King Institute of Preventive Medicine Micro-Biological Section reports 1909-11
Year: 1909
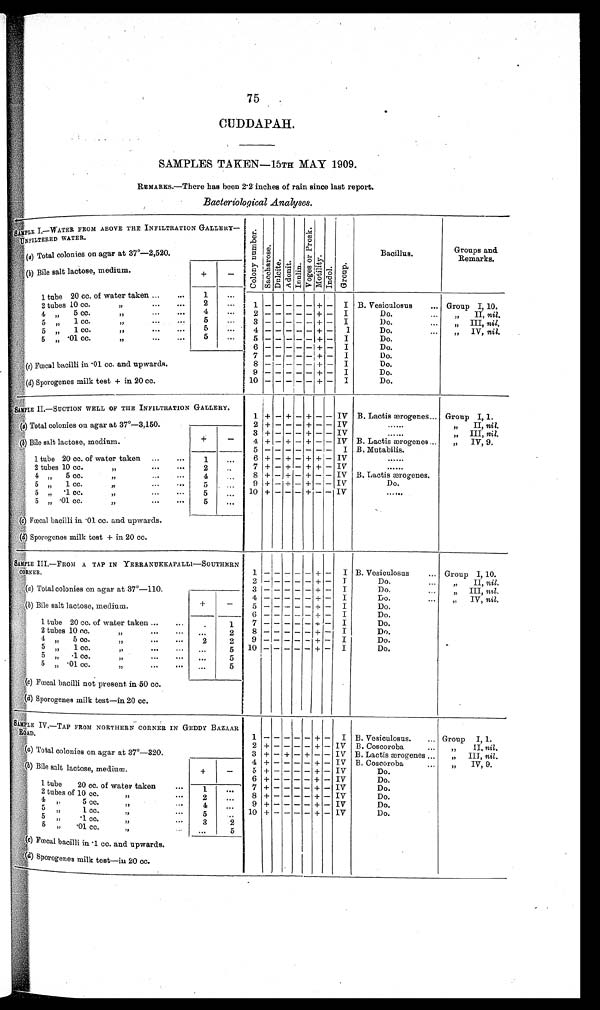
75
CUDDAPAH.
SAMPLES TAKEN—15TH MAY 1909.
REMARKS.—There has been 2.2 inches of rain since last report.
Bacteriological Analyses.
SAMPLE I.—WATER FROM ABOVE THE INFILTRATION GALLERY—
UNFILTERED WATER.
Col ony number .
Sa c c ha r os e .
D u l c i t e . Adoni t . Inul i n.
V o g e s o r P r o s k .
Mot i l i t y.
I n d o l .
Gr o u p .
Bacillus.
Groups and
Remarks.
(a) Total colonies on agar at 37°—2,520.
(b ) Bile salt lactose, medium.
+
—
1 tube 20 cc. of water taken ...
...
1
...
2 tubes 10 cc.
„
2
. . .
1 ————— + — I B. Vesiculosus
... Group I, 10.
4 „ 5 cc.
„
4
. . . 2 —————+ — I
Do.
...
„ II, nil.
5 „ 1 cc.
„
5
. . .
3 ————— + — I
Do.
...
„ III, ni l .
5 „ 1 cc.
„
5
. . .
4 —————+ — I
Do.
„
IV,
nil.
5 „ . 0 1 c c .
„
5
. . . 5
————— + — I
Do.
6 ———— —+ — I
Do.
7 ————— + — I
Do.
(c) Fœcal bacilli in .01 cc. and upwards.
8 —————+ — I
Do.
9 ————— + — I
Do.
( d) Sporogenes milk test + in 20 cc.
10 ————— + — I
Do.
SAMPLE II.—SUCTION WELL OF THE INFILTRATION GALLERY.
1 + — + — + — — IV B. Lactis ærogenes... Group I, 1.
(a) Total colonies on agar at 37°—3, 150.
2 + — — — + — — IV
......
„ II
, nil.
3 + — — — + — — IV
......
„ III, nil.
(b)
B i l e s a l t l a c t o s e ,
m e d i u m .
+
—
4 + — + — + — — IV B. Lactis ærogenes ...
,,
IV, 9.
5 ——————— I B. Mutabilis.
1 tube 20 cc. of water taken ...
...
1
...
6 + — + — + + — IV
......
2 tubes 10 cc.
„
2
. . 7 + — + — + + — IV
......
4 „ 5 cc.
„
...
.. •
4
...
8 + — + — + — — IV B. Lactis ærogenes.
5 „ 1 cc.
„
...
...
5
...
9 + — + — + — — IV
Do.
5 „ .1 cc.
„
...
...' 5
. . .
1 0
+
— — —
+
— —
IV
. . . . . .
5 „ .01 cc. ,,
5
. . .
(c) Fœcal bacilli in .01 cc. and upwards.
(d) Sporogenes milk test + in 20 cc.
SAMPLE III.—FROM A TAP IN YERRANUKKAPALLI—SOUTHERN
CORNER.
1 — — — — — + —
I B. Vesiculosus
.., Group I, 10.
2 ————— + — I
Do.
„
II,
nil.
(a) Total colonies on agar at 37°—110.
3 — — — — — + — I
Do.
„
III,
nil.
4 ————— + — I
Do.
„
IV,
nil.
(b) Bi l e sal t lactose, medium.
+
—
5 — — — — — + — I
Do.
6 — — — — — + — I
Do.
1 tube 20 cc. of water taken ...
...
.
1
7
— — — — — + — I
Do.
2 tubes 10 cc.
„
•••
••• ...
2
8 ————— + — I
Do.
4 „ 5 cc. ,,
...
...
2
2
9 — — — — — + — I
Do
5 „ 1 cc. ,,
...
... ...
5
1 0
————— + — I
Do.
5 „ .1 cc. „
...
... ...
5
5 „ .01 cc.
„
•••
••• ...
5
(c) Fœcal bacilli not present in 50 cc.
(d) Sporogenes milk test—in 20 cc.
SAMPLE IV. —TAP FROM NORTHERN CORNER IN GEDDY BAZAAR
ROAD.
1
—
—————
+ — I B. Vesiculosus.
... Group
I, 1.
2 + — — — — + — IV B. Coscoroba
„
II.
ni l .
(a) Total colonies on agar at 37°—320.
3 + — + — + — — IV B. Lactis ærogenes ...
„
III, nil.
4 + — — — — + — IV B. Coscoroba
•
„ IV, 9.
(b ) Bile salt lactose, medium.
+
—
5 + — — — — + — IV
Do.
6 + ————+ — IV
Do.
1 tube 20 cc. of water taken
•-•
1
. . .
7 + — — — — + — IV
Do.
2 tubes of 10 cc.
„...
2
...
8 + — — — — + — IV
Do.
4 „ 5 c c .
„
4
...
9 + — — — — + — IV
Do.
5 „ 1 cc.
„
5
. . . 10 + — — — — + — IV
Do.
5 „ . 1 c c . „
3
2
5 „ . 0 1 c c . „
. . .
5
( c) Fœcal bacilli in .1 cc. and upwards. .
(d) Sp orogenes milk test—in 20 cc.